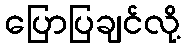
ပြောပြချင်လို့